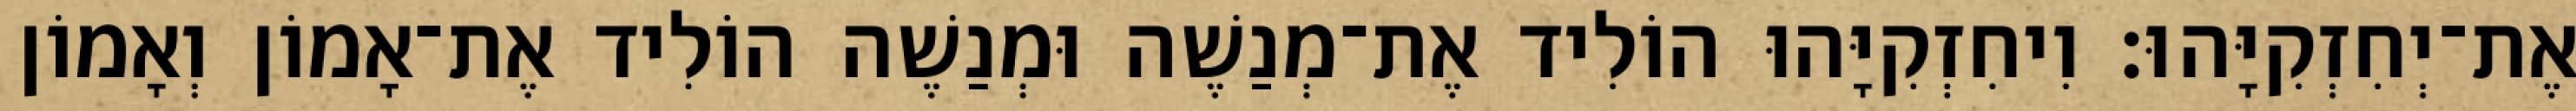
אֶת־יְחִזְקִיָּהוּ׃ וִיחִזְקִיָּהוּ הוֹלִיד אֶת־מְנַשֶׁה וּמְנַשֶׁה הוֹלִיד אֶת־אָמוֹן וְאָמוֹן